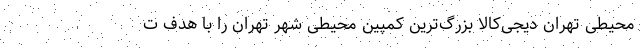
محیطی تهران دیجی‌کالا بزرگ­ترین کمپین محیطی شهر تهران را با هدف ت